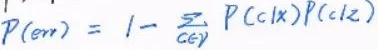
\[ P(\text{em}) = 1 - \sum_{c \in \mathcal{C}} P(c|x)P(c|z) \]